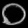
Digit: ၀